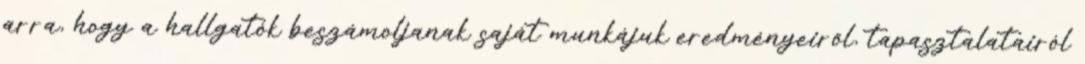
arra, hogy a hallgatók beszámoljanak saját munkájuk eredményeiről, tapasztalatairól